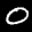
Label: 0